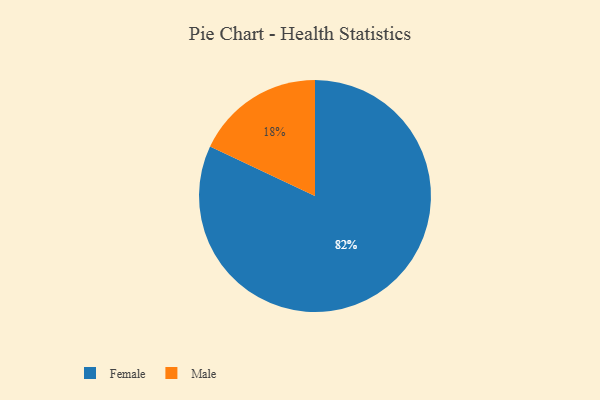
{"axis": {"x": "Category", "y": "Percentage"}, "legend": ["Female", "Male"], "data": [{"x": "Female", "y": 82, "type": "Female"}, {"x": "Male", "y": 18, "type": "Male"}]}